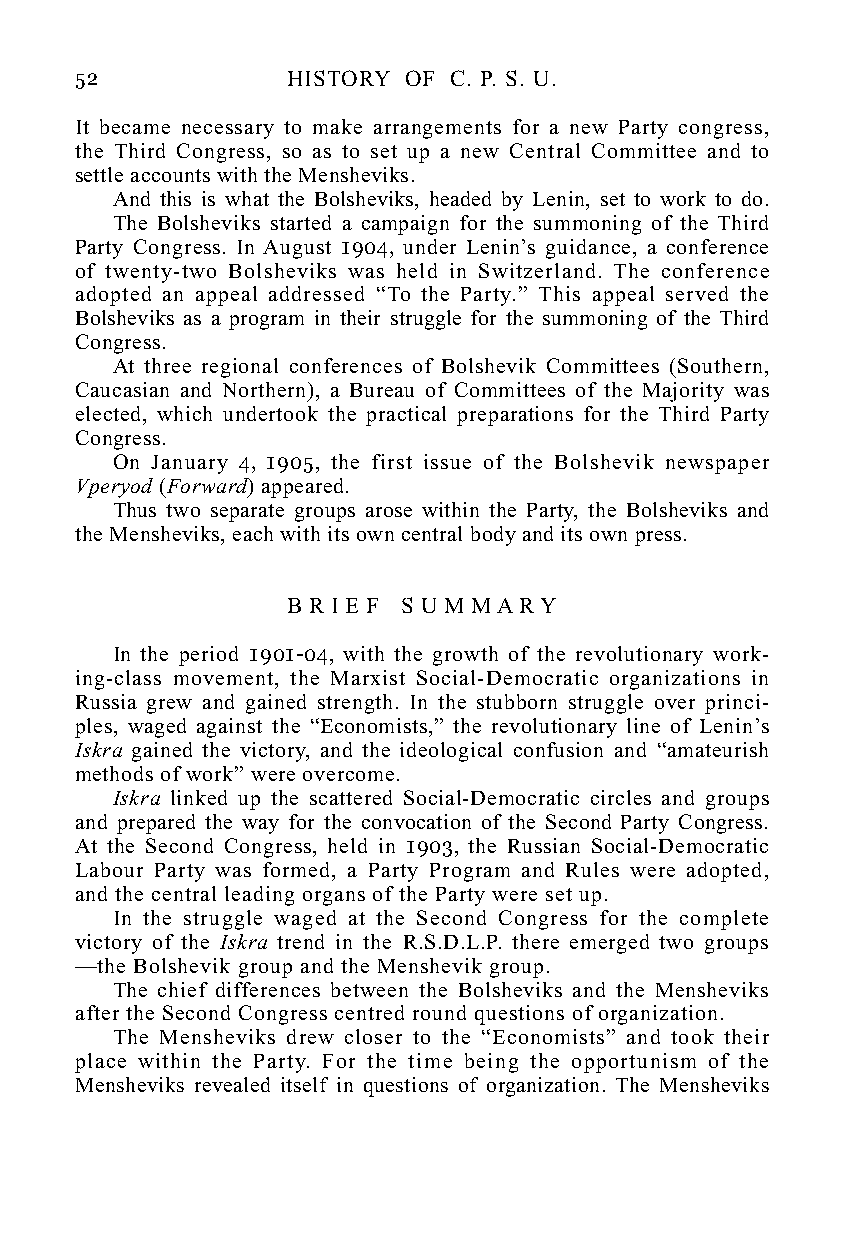
52            HISTORY OF C. P. S. U.
 It became necessary to make arrangements for a new Party congress,
 the Third Congress, so as to set up a new Central Committee and to
 settle accounts with the Mensheviks.
 And this is what the Bolsheviks, headed by Lenin, set to work to do.
 The Bolsheviks started a campaign for the summoning of the Third
 Party Congress. In August 1904, under Lenin’s guidance, a conference
 of twenty-two Bolsheviks was held in Switzerland. The conference
 adopted an appeal addressed “To the Party.” This appeal served the
 Bolsheviks as a program in their struggle for the summoning of the Third
 Congress.
 At three regional conferences of Bolshevik Committees (Southern,
 Caucasian and Northern), a Bureau of Committees of the Majority was
 elected, which undertook the practical preparations for the Third Party
 Congress.
 On January 4, 1905, the first issue of the Bolshevik newspaper
 Vperyod (Forward) appeared.
 Thus two separate groups arose within the Party, the Bolsheviks and
 the Mensheviks, each with its own central body and its own press.
 B R I E F S U M M A R Y
 In the period 1901-04, with the growth of the revolutionary work-
 ing-class movement, the Marxist Social-Democratic organizations in
 Russia grew and gained strength. In the stubborn struggle over princi-
 ples, waged against the “Economists,” the revolutionary line of Lenin’s
 Iskra gained the victory, and the ideological confusion and “amateurish
 methods of work” were overcome.
 Iskra linked up the scattered Social-Democratic circles and groups
 and prepared the way for the convocation of the Second Party Congress.
 At the Second Congress, held in 1903, the Russian Social-Democratic
 Labour Party was formed, a Party Program and Rules were adopted,
 and the central leading organs of the Party were set up.
 In the struggle waged at the Second Congress for the complete
 victory of the Iskra trend in the R.S.D.L.P. there emerged two groups
 —the Bolshevik group and the Menshevik group.
 The chief differences between the Bolsheviks and the Mensheviks
 after the Second Congress centred round questions of organization.
 The Mensheviks drew closer to the “Economists” and took their
 place within the Party. For the time being the opportunism of the
 Mensheviks revealed itself in questions of organization. The Mensheviks